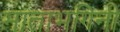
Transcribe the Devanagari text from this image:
माताभगिनी